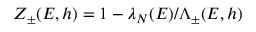
Z _ { \pm } ( E , h ) = 1 - \lambda _ { N } ( E ) / \Lambda _ { \pm } ( E , h )